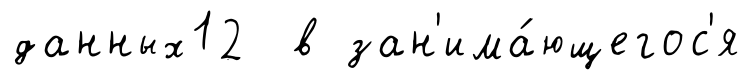
данных12 в зан'има́ющегос'я